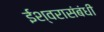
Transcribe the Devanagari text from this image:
ईश्वरासंबंधी